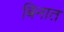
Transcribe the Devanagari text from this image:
बिनात